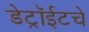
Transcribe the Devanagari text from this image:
डेट्रॉईटचे